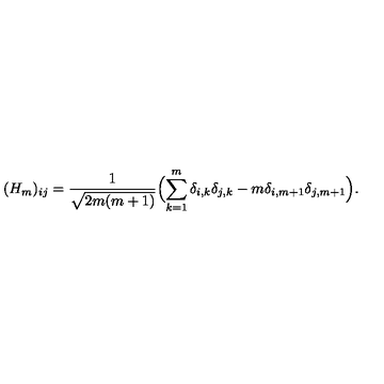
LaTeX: ( H _ { m } ) _ { i j } = { \frac { 1 } { \sqrt { 2 m ( m + 1 ) } } } \Bigl ( \sum _ { k = 1 } ^ { m } \delta _ { i , k } \delta _ { j , k } - m \delta _ { i , m + 1 } \delta _ { j , m + 1 } \Bigr ) .